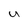
Character: U